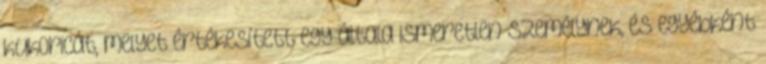
kukoricát, melyet értékesített egy általa ismeretlen személynek, és egyébként